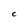
Character: C